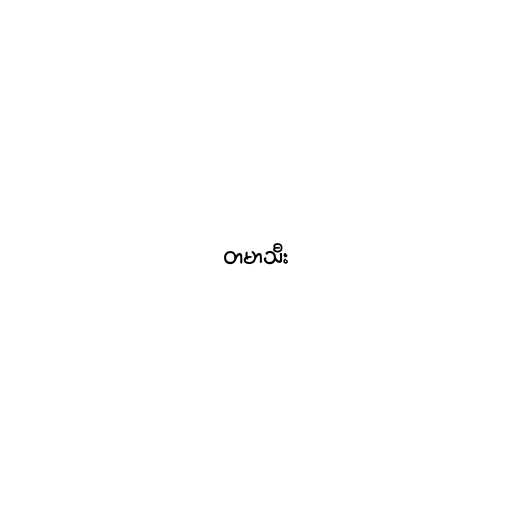
တမာသီး